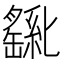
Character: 𫧊